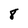
Character: 8